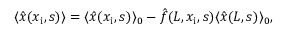
\begin{array} { r } { \langle \hat { x } ( x _ { \mathrm { i } } , s ) \rangle = \langle \hat { x } ( x _ { \mathrm { i } } , s ) \rangle _ { 0 } - \hat { f } ( L , x _ { \mathrm { i } } , s ) \langle \hat { x } ( L , s ) \rangle _ { 0 } , } \end{array}